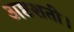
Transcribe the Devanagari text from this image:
अष्टशती।